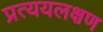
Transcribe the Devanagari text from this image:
प्रत्ययलक्षण